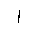
Letter: _alif